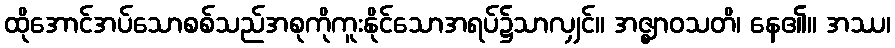
ထိုအောင်အပ်သောစစ်သည်အစုကိုကူးနိုင်သောအရပ်၌သာလျှင်။ အဇ္ဈာဝသတိ၊ နေ၏။ အဿ၊